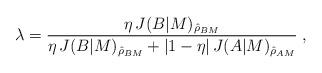
LaTeX: \begin{align*}\lambda = \frac{\eta\,J(B|M)_{\hat{\rho}_{BM}}}{\eta\,J(B|M)_{\hat{\rho}_{BM}} + |1-\eta|\,J(A|M)_{\hat{\rho}_{AM}}}\;,\end{align*}